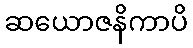
ဆယောဇနိကာပိ